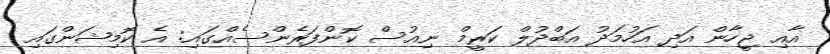
އާއި ޖީހާން އަދި އަހުމަދު އަބްދުލް ކަރީމް ނިއުސް ކޮންފަރެންސެއްގައި: އެ ކޮމިޝަންގައި